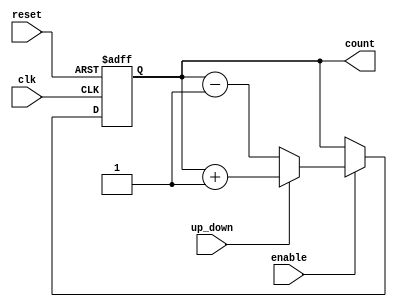
module UpDownCounter (
    input wire clk,          // Clock signal
    input wire reset,        // Asynchronous reset
    input wire up_down,      // Control signal for counting direction
    input wire enable,       // Enable signal
    output reg [7:0] count   // 8-bit output count (can be adjusted as needed)
);

// Asynchronous reset
always @(posedge clk or posedge reset) begin
    if (reset) begin
        count <= 8'b0;      // Reset the counter to zero
    end else if (enable) begin
        if (up_down) begin
            count <= count + 1; // Increment if up_down is high
        end else begin
            count <= count - 1; // Decrement if up_down is low
        end
    end
end

endmodule